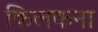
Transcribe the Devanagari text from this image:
किलकना